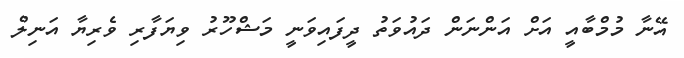
އޭނާ މުމްބާއީ އަށް އަންނަން ދައުވަތު ދީފައިވަނީ މަޝްހޫރު ވިޔަފާރި ވެރިޔާ އަނިލް